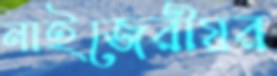
নাইজেরীয়র